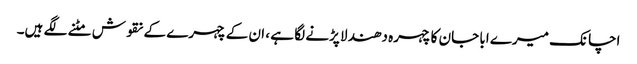
اچانک میرے ابا جان کا چہرہ دھندلا پڑنے لگا ہے ، ان کے چہرے کے نقوش مٹنے لگے ہیں۔